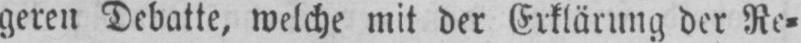
geren Debatte, welche mit der Erklärung der Re⸗